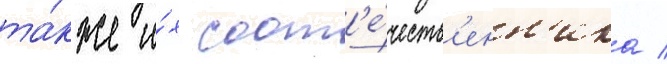
та́кже и́х соот'е́честв'енн'ика /